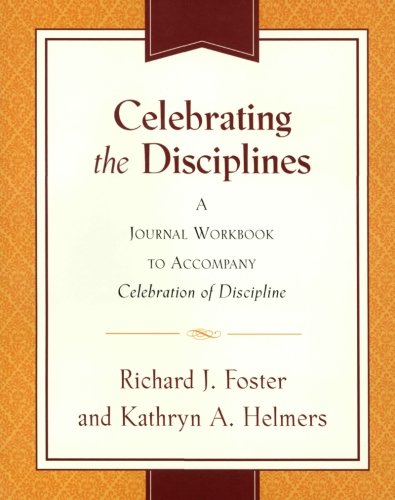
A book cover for Celebrating the Disciplines: A Journal Workbook to Accompany ``Celebration of Discipline''; Richard J. Foster; Christian Books & Bibles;